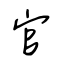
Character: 官